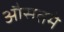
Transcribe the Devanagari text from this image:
औसतमे